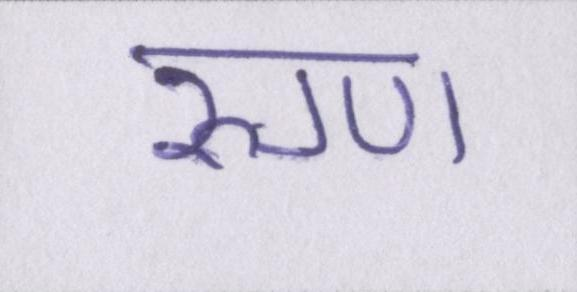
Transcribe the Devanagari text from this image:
रुग्ण